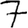
Digit: 7